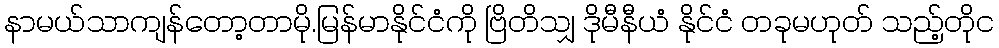
နာမယ်သာကျန်တော့တာမို.မြန်မာနိုင်ငံကို ဗြိတိသျှ ဒိုမီနီယံ နိုင်ငံ တခုမဟုတ် သည့်တိုင